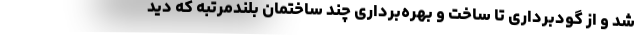
شد و از گودبرداری تا ساخت و بهره‌برداری چند ساختمان بلندمرتبه که دیدِ